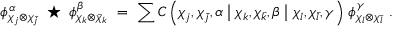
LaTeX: \phi _ { \chi _ { j } \otimes \chi _ { \bar { j } } } ^ { \alpha } \; \star \; \phi _ { \chi _ { k } \otimes \bar { \chi } _ { k } } ^ { \beta } \ = \ \sum C \left( \chi _ { j } , \chi _ { \bar { j } } , \alpha \bigm | \chi _ { k } , \chi _ { \bar { k } } , \beta \bigm | \chi _ { l } , \chi _ { \bar { l } } , \gamma \right) \, \phi _ { \chi _ { l } \otimes \chi _ { \bar { l } } } ^ { \gamma } \ .